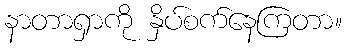
နာတာရှာကို နှိပ်စက်နေကြတာ။